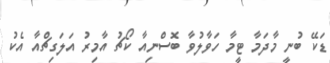
ޑަކޭ ބުނީ މާދަމާ ޓީމާ ހަވާލުވާ ބޮސްނިއާ ކޯޗު އާމިރު އަލަގިޗްއާ އެކު